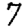
Digit: 7